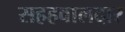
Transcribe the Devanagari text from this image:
सहहवालदार